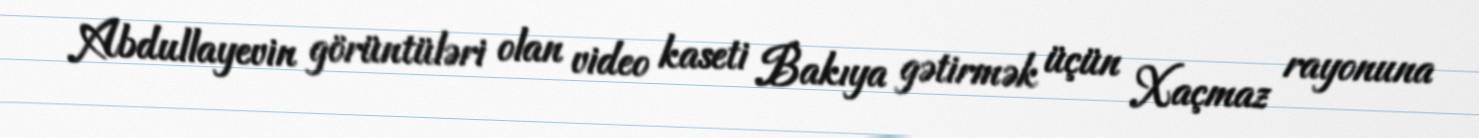
Abdullayevin görüntüləri olan video kaseti Bakıya gətirmək üçün Xaçmaz rayonuna